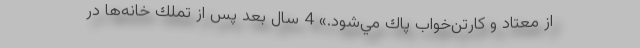
از معتاد و كارتن‌خواب پاك مي‌شود.» 4 سال بعد پس از تملك خانه‌ها در